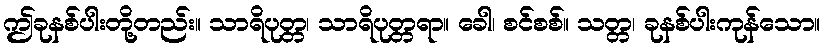
ဤခုနစ်ပါးတို့တည်း။ သာရိပုတ္တ၊ သာရိပုတ္တရာ။ ခေါ၊ စင်စစ်။ သတ္တ၊ ခုနစ်ပါးကုန်သော။